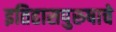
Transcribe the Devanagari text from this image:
इतिहासपुरुषाचे